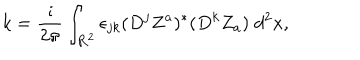
k = \frac { \imath } { 2 \pi } \int _ { { \bf R } ^ { 2 } } \epsilon _ { j k } ( D ^ { j } Z ^ { a } ) ^ { * } ( D ^ { k } Z _ { a } ) \; d ^ { 2 } x ,